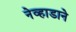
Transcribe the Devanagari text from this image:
नेव्हाडाने